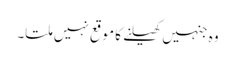
وہ جنہیں کھیلنے کا موقع نہیں ملتا۔